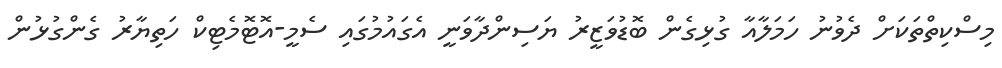
މިސްކިތްތަކަށް ދެވުނު ހަމަލާއާ ގުޅިގެން ބޮޑުވަޒީރު ޔަސިންދާވަނީ އެގައުމުގައި ސެމީ-އޮޓޮމެޓިކް ހަތިޔާރު ގެންގުޅުން